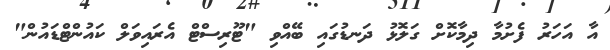
އާ އަހަރު ފެށުމާ ދިމާކޮށް ގަލޮޅު ދަނޑުގައި ބޭއްވި "ޓޫރިސްޓް އެރައިވަލް ކައުންޓްޑައުން"